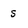
Character: s